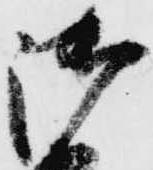
御